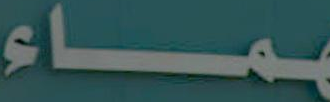
ـمـاء